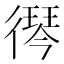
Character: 𮱾